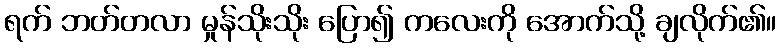
ရက် ဘတ်တလာ မှုန်သိုးသိုး ပြော၍ ကလေးကို အောက်သို့ ချလိုက်၏။